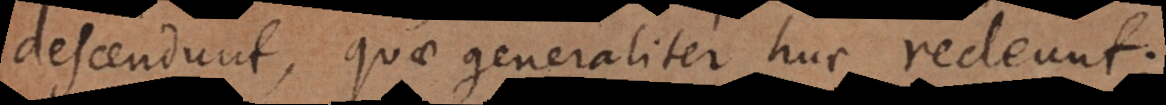
descendunt, quae generaliter huc redeunt: